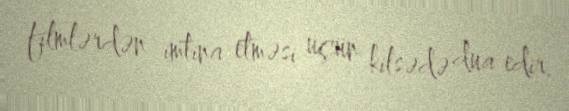
filmlərdən imtina etməsi üçün kilsədə dua edir.